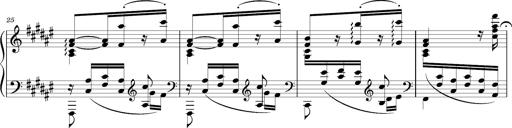
Title: Schlummerlied mit Arabesken
Composer: Franz Liszt
Key: F-sharp major